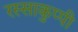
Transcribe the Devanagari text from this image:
रस्साकुप्पी